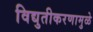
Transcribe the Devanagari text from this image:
विद्युतीकरणामुळे